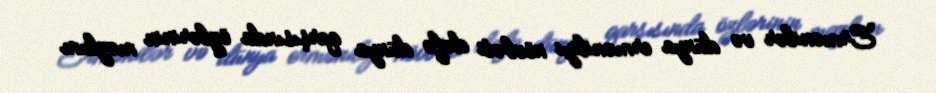
Ermənilər və dünya erməniliyi növbəti dəfə dünya qarşısında özlərinin məzlum